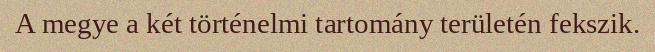
A megye a két történelmi tartomány területén fekszik.